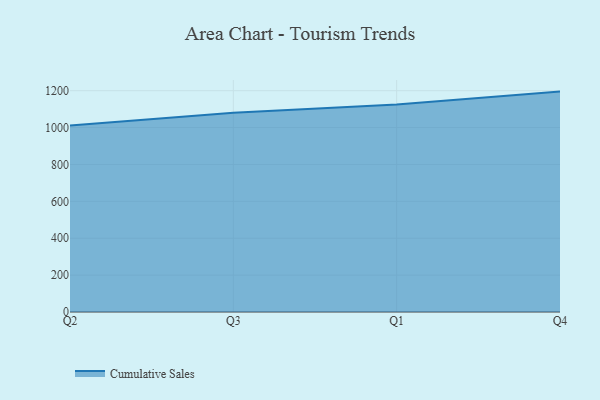
{"axis": {"x": "Quarter", "y": "Churn Rate (%)"}, "legend": ["Cumulative Sales"], "data": [{"x": "Q2", "y": 1011.7, "type": "Cumulative Sales"}, {"x": "Q3", "y": 1080.6, "type": "Cumulative Sales"}, {"x": "Q1", "y": 1124.7, "type": "Cumulative Sales"}, {"x": "Q4", "y": 1195.0, "type": "Cumulative Sales"}]}